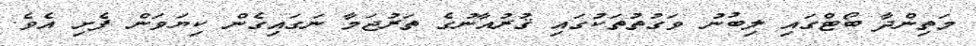
މަތިންދާ ބޯޓްގައި ލިބުނު ވަގުތުތަކުގައި ޤުރުއާނުގެ ތަރުޖަމާ ނަގައިގެން ކިޔަވަން ފެށި އެވެ.